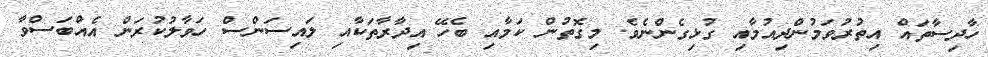
ހާދިސާތައް އިތުރުވަމުންދިއުމާއި ގުޅިގެންނެވެ. މިގޮތުން ކަމާއި ބެހޭ އިދާރާތަކާއި ލައިސަންސް ހަވާލުކުރަން އެއްބަސްވާ